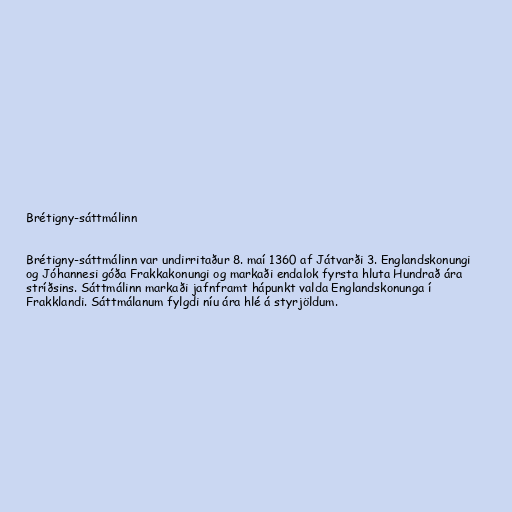
Brétigny-sáttmálinn

Brétigny-sáttmálinn var undirritaður 8. maí 1360 af Játvarði 3. Englandskonungi
og Jóhannesi góða Frakkakonungi og markaði endalok fyrsta hluta Hundrað ára
stríðsins. Sáttmálinn markaði jafnframt hápunkt valda Englandskonunga í
Frakklandi. Sáttmálanum fylgdi níu ára hlé á styrjöldum.